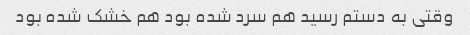
وقتی به دستم رسید هم سرد شده بود هم خشک شده بود